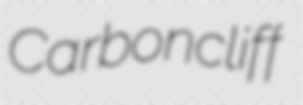
Carboncliff